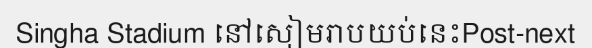
Singha Stadium នៅសៀមរាបយប់នេះPost-next